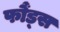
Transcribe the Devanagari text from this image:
फौंड्स